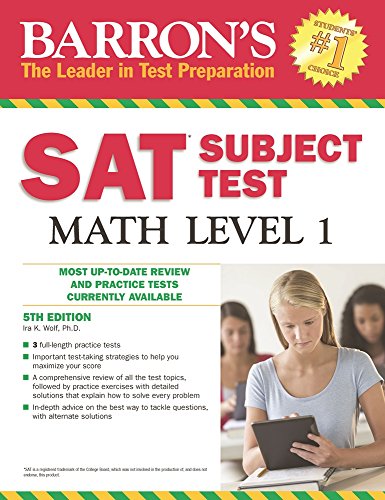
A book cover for Barron's SAT Subject Test Math Level 1, 5th Edition; Ira K. Wolf Ph.D.; Test Preparation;